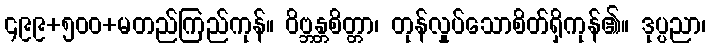
၄၉၉+၅၀၀+မတည်ကြည်ကုန်။ ဝိဗ္ဘန္တစိတ္တာ၊ တုန်လှုပ်သောစိတ်ရှိကုန်၏။ ဒုပ္ပညာ၊